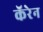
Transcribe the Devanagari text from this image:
कॅरेन